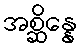
အစ္ဆိန္နေ